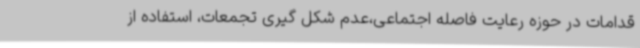
قدامات در حوزه رعایت فاصله اجتماعی،عدم شکل گیری تجمعات، استفاده از